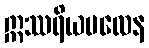
ဣဿရိယဗလေန